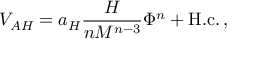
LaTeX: V _ { A H } = a _ { H } \frac { H } { n M ^ { n - 3 } } \Phi ^ { n } + \mathrm { H . c . } \, ,